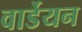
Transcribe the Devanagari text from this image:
वार्डेयन